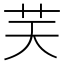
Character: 𦬞